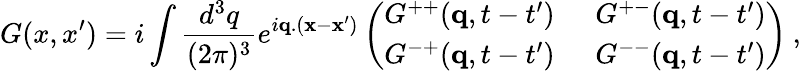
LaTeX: G(x,x^{\prime})=i\int\frac{d^{3}q}{(2\pi)^{3}}e^{i{\mathbf q}.({\mathbf x}-{\mathbf x}^{\prime})}\left(\begin{array}{ll}{{G^{++}({\mathbf q},t-t^{\prime})}}&{{\: \: G^{+-}({\mathbf q},t-t^{\prime})}}\\ {{G^{-+}({\mathbf q},t-t^{\prime})}}&{{\: \: G^{--}({\mathbf q},t-t^{\prime})}}\end{array}\right)\: ,